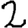
Digit: 2